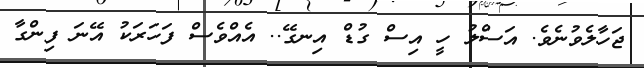
ޖަހާލެވުނެވެ. އަސްލު ހީ އިސް ގުޑް އިނގޭ.. އެއްވެސް ފަހަރަކު އޭނަ ފިންގާ